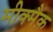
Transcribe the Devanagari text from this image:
मीक्मैक़